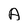
Character: A